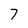
Character: 7